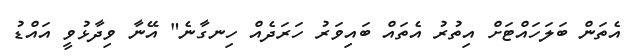
އެތަން ބަލަހައްޓަށް އިތުރު އެތައް ބައިވަރު ހަރަދެއް ހިނގާނެ" އޭނާ ވިދާޅުވީ އައްޑު